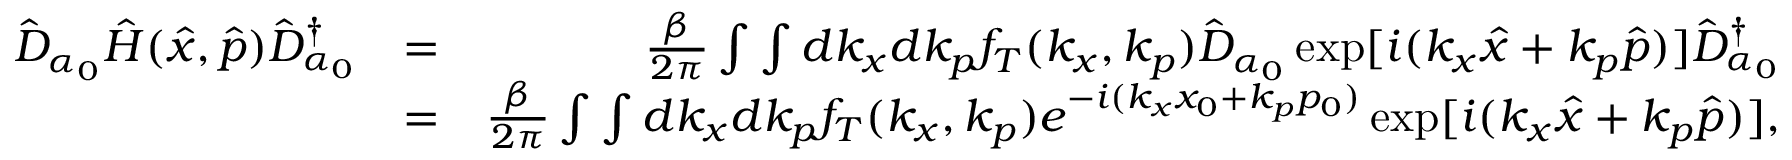
\begin{array} { r l r } { \hat { D } _ { \alpha _ { 0 } } \hat { H } ( \hat { x } , \hat { p } ) \hat { D } _ { \alpha _ { 0 } } ^ { \dagger } } & { = } & { \frac { \beta } { 2 \pi } \int \int d k _ { x } d k _ { p } f _ { T } ( k _ { x } , k _ { p } ) \hat { D } _ { \alpha _ { 0 } } \exp [ i ( k _ { x } \hat { x } + k _ { p } \hat { p } ) ] \hat { D } _ { \alpha _ { 0 } } ^ { \dagger } } \\ & { = } & { \frac { \beta } { 2 \pi } \int \int d k _ { x } d k _ { p } f _ { T } ( k _ { x } , k _ { p } ) e ^ { - i ( k _ { x } x _ { 0 } + k _ { p } p _ { 0 } ) } \exp [ i ( k _ { x } \hat { x } + k _ { p } \hat { p } ) ] , } \end{array}